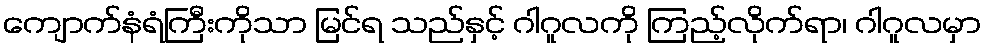
ကျောက်နံရံကြီးကိုသာ မြင်ရ သည်နှင့် ဂါဂူလကို ကြည့်လိုက်ရာ၊ ဂါဂူလမှာ